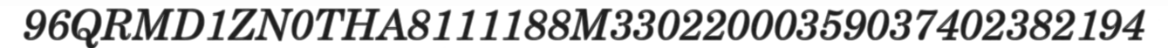
96QRMD1ZN0THA8111188M33022000359037402382194